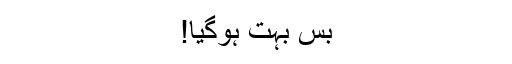
بس بہت ہوگیا!